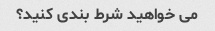
می خواهید شرط بندی کنید؟